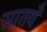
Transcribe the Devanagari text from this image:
सातवँ